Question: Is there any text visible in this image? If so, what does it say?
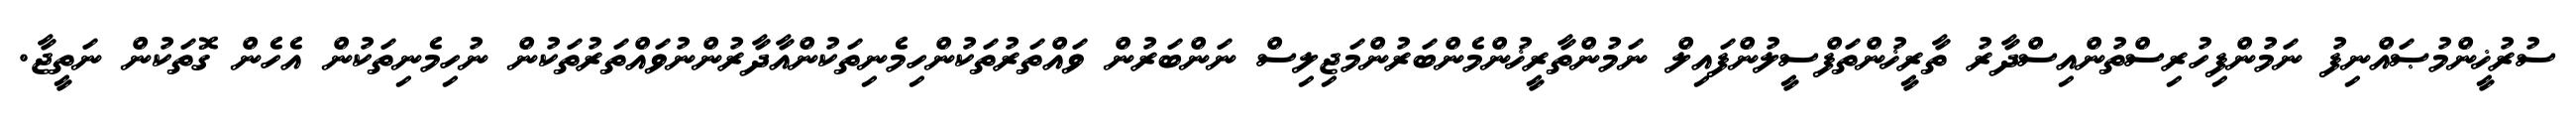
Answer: ސުރުޚީންމުޞައްނިފު ނަމުންފިހުރިސްތުންއިސްދާރު ތާރީޚުންތަފްސީލުންފައިލް ނަމުންތާރީޚުންމެންބަރުންމަޖިލިސް ނަންބަރުން ވައްތަރުތަކުންހިމެނިތަކުންއާދާރުންނުވައްތަރުތަކުން ނުހިމެނިތަކުން އެހެން ގޮތަކުން ނަތީޖާ.